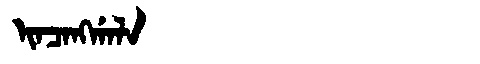
Manchu: ᡳᠨᠴᠠᠩᡤᠠᠯᠠ
Romanization: INCANGGALA